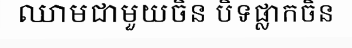
ឈាមជាមួយចិន បិទផ្លាកចិន